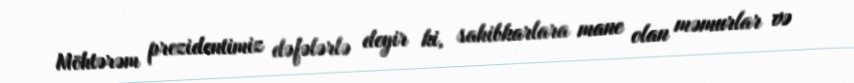
Möhtərəm prezidentimiz dəfələrlə deyir ki, sahibkarlara mane olan məmurlar və